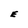
Character: E